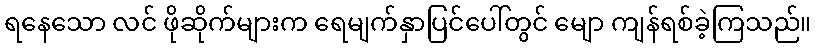
ရနေသော လင် ဖိုဆိုက်များက ရေမျက်နှာပြင်ပေါ်တွင် မျော ကျန်ရစ်ခဲ့ကြသည်။